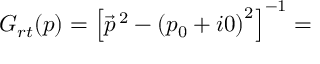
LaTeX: G _ { r t } ( p ) = { \left[ { \vec { p } } ^ { \, 2 } - { ( p _ { 0 } + i 0 ) } ^ { 2 } \right] } ^ { - 1 } =